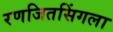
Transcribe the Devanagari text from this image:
रणजितसिंगला